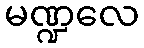
မဏ္ဍလေ